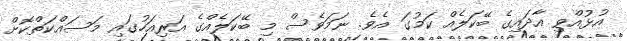
އުޅުއްވި އާދައިގެ ބޭކަލެއް ކަމުގަ އެވެ. ނަމަވެސް މި ބޭކަލެއްގެ އަރިއަހުގައި މަސައްކަތްކޮށް